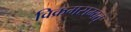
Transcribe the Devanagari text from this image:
विक्रमसम्वत्